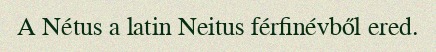
A Nétus a latin Neitus férfinévből ered.